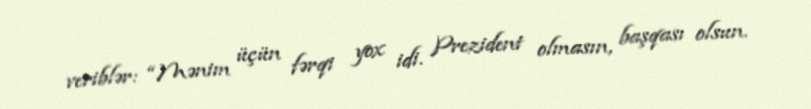
veriblər: “Mənim üçün fərqi yox idi. Prezident olmasın, başqası olsun.